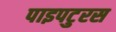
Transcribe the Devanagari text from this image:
पाइपटुरस